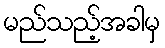
မည်သည့်အခါမှ